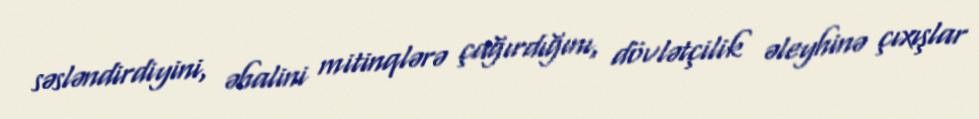
səsləndirdiyini, əhalini mitinqlərə çağırdığını, dövlətçilik əleyhinə çıxışlar